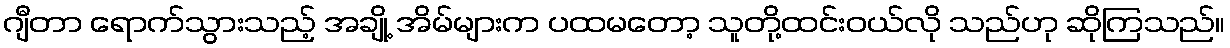
ဂျီတာ ရောက်သွားသည့် အချို့ အိမ်များက ပထမတော့ သူတို့ထင်းဝယ်လို သည်ဟု ဆိုကြသည်။